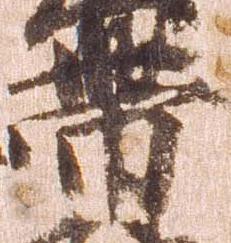
帯